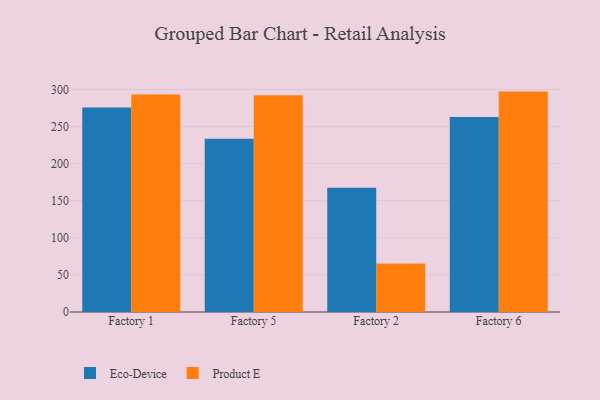
{"axis": {"x": "Factory", "y": "Energy Usage (MWh)"}, "legend": ["Eco-Device", "Product E"], "data": [{"x": "Factory 1", "y": 275.5, "type": "Eco-Device"}, {"x": "Factory 1", "y": 293.2, "type": "Product E"}, {"x": "Factory 5", "y": 233.6, "type": "Eco-Device"}, {"x": "Factory 5", "y": 292.1, "type": "Product E"}, {"x": "Factory 2", "y": 167.5, "type": "Eco-Device"}, {"x": "Factory 2", "y": 65.5, "type": "Product E"}, {"x": "Factory 6", "y": 263.0, "type": "Eco-Device"}, {"x": "Factory 6", "y": 297.1, "type": "Product E"}]}